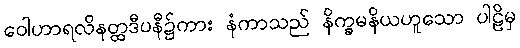
ဝေါဟာရလိနတ္ထဒီပနီ၌ကား နံကာသည် နိက္ခမနိယဟူသော ပါဠိမှ